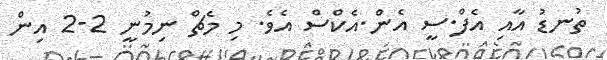
ތުނޑު އާއި އެފް.ސީ އެން.އެކްސް އެވެ. މި މެޗް ނިމުނީ 2-2 އިން